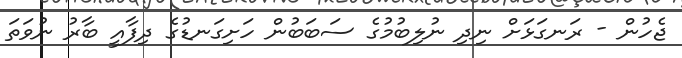
ޖެހުން - ރަނގަޅަށް ނިދި ނުލިބުމުގެ ސަބަބުން ހަށިގަނޑުގެ ދިފާއީ ބާރު ނުވަތަ